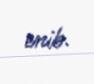
enib.